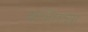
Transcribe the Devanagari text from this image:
व्हर्जिलच्या